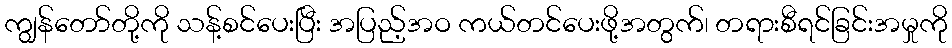
ကျွန်တော်တို့ကို သန့်စင်ပေးပြီး အပြည့်အဝ ကယ်တင်ပေးဖို့အတွက်၊ တရားစီရင်ခြင်းအမှုကို